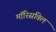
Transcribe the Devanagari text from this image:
मॉरिसविल